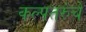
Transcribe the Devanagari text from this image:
कल्पतरुंचे